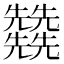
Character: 𠓙